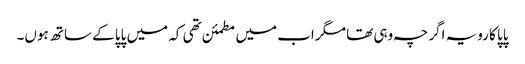
پاپا کا رویہ اگرچہ وہی تھا مگر اب میں مطمئن تھی کہ میں پاپا کے ساتھ ہوں۔